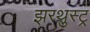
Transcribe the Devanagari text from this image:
झरथुस्ट्र